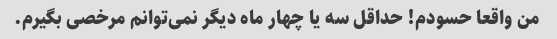
من واقعا حسودم! حداقل سه یا چهار ماه دیگر نمی‌توانم مرخصی بگیرم.